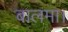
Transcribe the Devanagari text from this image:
बालमा।